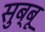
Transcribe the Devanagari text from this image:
सुब्बू